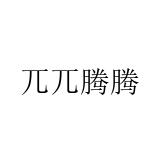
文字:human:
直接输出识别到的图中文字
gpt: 兀兀腾腾